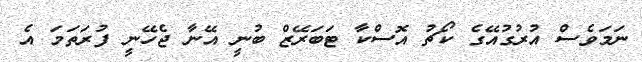
ނަމަވެސް އުރުގުއޭގެ ކޯޗު އޮސްކާ ޓަބަރޭޒް ބުނީ އޭނާ ޖެހޭނީ ފުރަތަމަ އެ